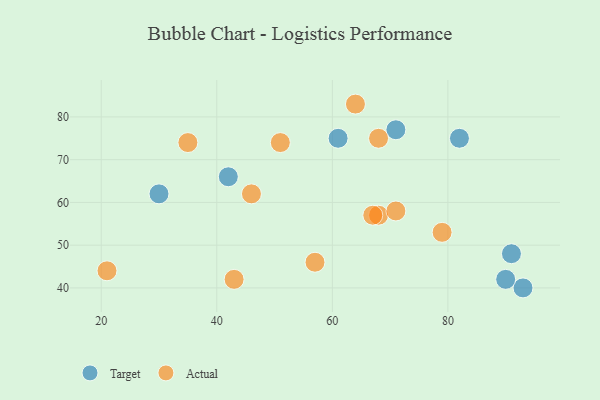
{"axis": {"x": "GDP", "y": "Life Expectancy"}, "legend": ["Actual", "Target"], "data": [{"x": "42", "y": 66, "type": "Target"}, {"x": "61", "y": 75, "type": "Target"}, {"x": "91", "y": 48, "type": "Target"}, {"x": "30", "y": 62, "type": "Target"}, {"x": "82", "y": 75, "type": "Target"}, {"x": "71", "y": 77, "type": "Target"}, {"x": "93", "y": 40, "type": "Target"}, {"x": "90", "y": 42, "type": "Target"}, {"x": "21", "y": 44, "type": "Actual"}, {"x": "64", "y": 83, "type": "Actual"}, {"x": "68", "y": 57, "type": "Actual"}, {"x": "51", "y": 74, "type": "Actual"}, {"x": "71", "y": 58, "type": "Actual"}, {"x": "68", "y": 75, "type": "Actual"}, {"x": "79", "y": 53, "type": "Actual"}, {"x": "67", "y": 57, "type": "Actual"}, {"x": "46", "y": 62, "type": "Actual"}, {"x": "57", "y": 46, "type": "Actual"}, {"x": "35", "y": 74, "type": "Actual"}, {"x": "43", "y": 42, "type": "Actual"}]}